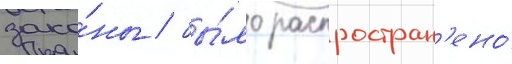
зако́ны / бы́ло распростран'ено́